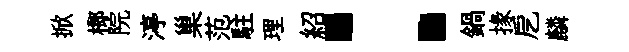
掀榔院渟巢范駐理紹：鍋掾戹麟